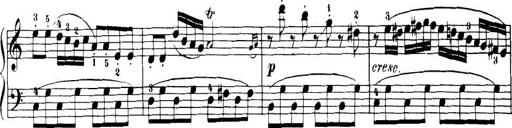
Title: 32 Sonatinas and Rondos for the Piano
Composer: Richard Kleinmichel